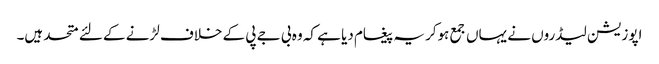
اپوزیشن لیڈروں نے یہاں جمع ہوکر یہ پیغام دیا ہے کہ وہ بی جے پی کے خلاف لڑنے کے لئے متحد ہیں۔